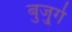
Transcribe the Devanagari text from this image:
बुजु्र्ग